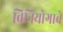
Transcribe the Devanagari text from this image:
विनियोगाचे